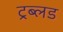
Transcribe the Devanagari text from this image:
ट्रब्लड